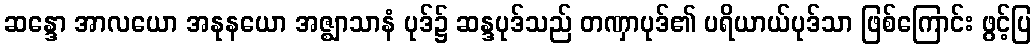
ဆန္ဒော အာလယော အနုနယော အဇ္ဈာသာနံ ပုဒ်၌ ဆန္ဒပုဒ်သည် တဏှာပုဒ်၏ ပရိယာယ်ပုဒ်သာ ဖြစ်ကြောင်း ဖွင့်ပြ